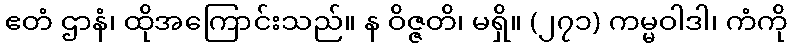
ဧတံ ဌာနံ၊ ထိုအကြောင်းသည်။ န ဝိဇ္ဇတိ၊ မရှိ။ (၂၇၁) ကမ္မဝါဒါ၊ ကံကို